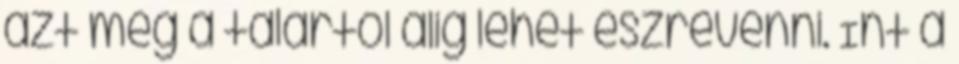
azt meg a talártól alig lehet észrevenni. Int a